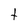
Character: t